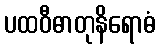
ပထဝီဓာတုနိရောဓံ